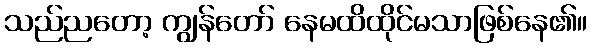
သည်ညတော့ ကျွန်တော် နေမထိထိုင်မသာဖြစ်နေ၏။